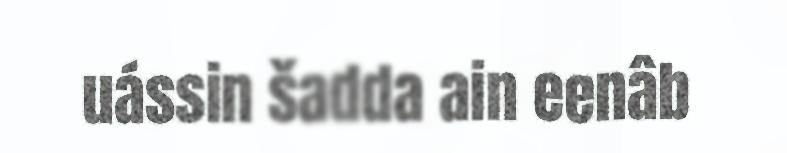
uássin šadda ain eenâb